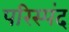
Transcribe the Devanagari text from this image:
परिस्पंद